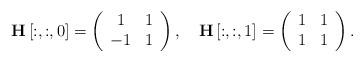
LaTeX: \begin{align*}\mathbf{H}\left[:,:,0\right]=\left(\begin{array}{cc}1 & 1\\-1 & 1\end{array}\right),\quad\mathbf{H}\left[:,:,1\right]=\left(\begin{array}{cc}1 & 1\\1 & 1\end{array}\right).\end{align*}